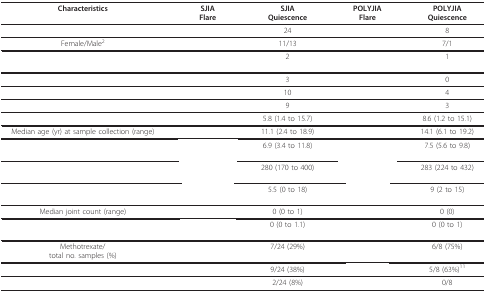
<table><thead><tr><td><b>Characteristics</b></td><td><b>SJIAFlare</b></td><td><b>SJIAQuiescence</b></td><td><b>POLYJIAFlare</b></td><td><b>POLYJIAQuiescence</b></td></tr></thead><tbody><tr><td>[EMPTY_CELL]</td><td>[EMPTY_CELL]</td><td>24</td><td>[EMPTY_CELL]</td><td>8</td></tr><tr><td>Female/Male<sup>2</sup></td><td>[EMPTY_CELL]</td><td>11/13</td><td>[EMPTY_CELL]</td><td>7/1</td></tr><tr><td>[EMPTY_CELL]</td><td>[EMPTY_CELL]</td><td>2</td><td>[EMPTY_CELL]</td><td>1</td></tr><tr><td>[EMPTY_CELL]</td><td>[EMPTY_CELL]</td><td>3</td><td>[EMPTY_CELL]</td><td>0</td></tr><tr><td>[EMPTY_CELL]</td><td>[EMPTY_CELL]</td><td>10</td><td>[EMPTY_CELL]</td><td>4</td></tr><tr><td>[EMPTY_CELL]</td><td>[EMPTY_CELL]</td><td>9</td><td>[EMPTY_CELL]</td><td>3</td></tr><tr><td>[EMPTY_CELL]</td><td>[EMPTY_CELL]</td><td>5.8 (1.4 to 15.7)</td><td>[EMPTY_CELL]</td><td>8.6 (1.2 to 15.1)</td></tr><tr><td>Median age (yr) at sample collection (range)</td><td>[EMPTY_CELL]</td><td>11.1 (2.4 to 18.9)</td><td>[EMPTY_CELL]</td><td>14.1 (6.1 to 19.2)</td></tr><tr><td>[EMPTY_CELL]</td><td>[EMPTY_CELL]</td><td>6.9 (3.4 to 11.8)</td><td>[EMPTY_CELL]</td><td>7.5 (5.6 to 9.8)</td></tr><tr><td>[EMPTY_CELL]</td><td>[EMPTY_CELL]</td><td>280 (170 to 400)</td><td>[EMPTY_CELL]</td><td>283 (224 to 432)</td></tr><tr><td>[EMPTY_CELL]</td><td>[EMPTY_CELL]</td><td>5.5 (0 to 18)</td><td>[EMPTY_CELL]</td><td>9 (2 to 15)</td></tr><tr><td>Median joint count (range)</td><td>[EMPTY_CELL]</td><td>0 (0 to 1)</td><td>[EMPTY_CELL]</td><td>0 (0)</td></tr><tr><td>[EMPTY_CELL]</td><td>[EMPTY_CELL]</td><td>0 (0 to 1.1)</td><td>[EMPTY_CELL]</td><td>0 (0 to 1)</td></tr><tr><td>Methotrexate/total no. samples (%)</td><td>[EMPTY_CELL]</td><td>7/24 (29%)</td><td>[EMPTY_CELL]</td><td>6/8 (75%)</td></tr><tr><td>[EMPTY_CELL]</td><td>[EMPTY_CELL]</td><td>9/24 (38%)</td><td>[EMPTY_CELL]</td><td>5/8 (63%)<sup>11</sup></td></tr><tr><td>[EMPTY_CELL]</td><td>[EMPTY_CELL]</td><td>2/24 (8%)</td><td>[EMPTY_CELL]</td><td>0/8</td></tr></tbody></table>